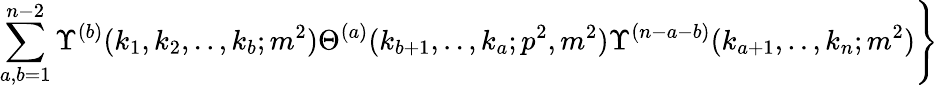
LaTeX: \sum_{a,b=1}^{n-2}\Upsilon^{(b)}(k_{1},k_{2},..,k_{b};m^{2})\Theta^{(a)}(k_{b+1},..,k_{a};p^{2},m^{2})\Upsilon^{(n-a-b)}(k_{a+1},..,k_{n};m^{2})\Bigg\}